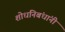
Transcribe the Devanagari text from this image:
शोधनिबंधांनी